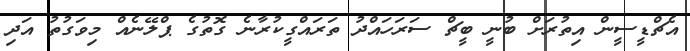
އެޗްޑީސީން އިތުރަށް ބުނީ ބީޗް ސަރަހައްދު ތަރައްގީކުރާނެ ގޮތުގެ ޕްލޭނެއް މިވަގުތު އަދި